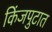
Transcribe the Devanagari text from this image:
किंजपुटात